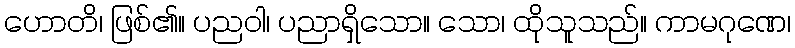
ဟောတိ၊ ဖြစ်၏။ ပညဝါ၊ ပညာရှိသော။ သော၊ ထိုသူသည်။ ကာမဂုဏေ၊